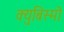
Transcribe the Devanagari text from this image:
क्युबिस्मो